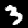
Label: 3